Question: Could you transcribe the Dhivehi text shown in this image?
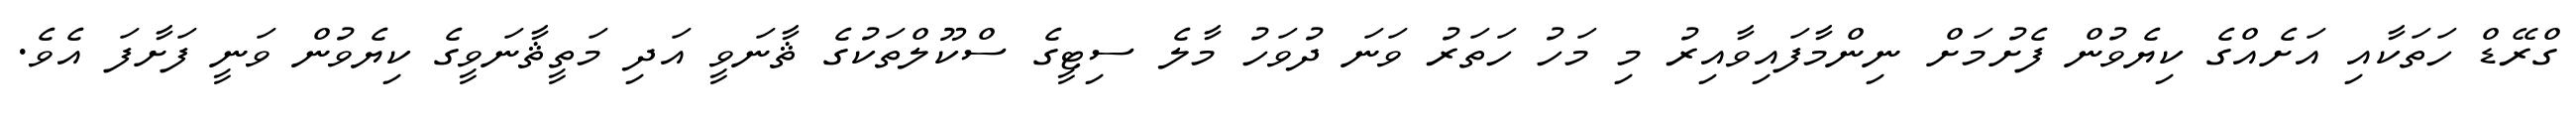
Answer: ގްރޭޑް ހަތަކާއި އަށެއްގެ ކިޔެވުން ފެށުމަށް ނިންމާފައިވާއިރު މި މަހު ހަތަރު ވަނަ ދުވަހު މާލެ ސިޓީގެ ސްކޫލްތަކުގެ ޘާނަވީ އަދި މަތީޘާނަވީގެ ކިޔެވުން ވަނީ ފަށާފަ އެވެ.